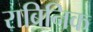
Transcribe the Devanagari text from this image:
राबिनिक